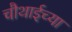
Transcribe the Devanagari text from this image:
चौथाईच्या